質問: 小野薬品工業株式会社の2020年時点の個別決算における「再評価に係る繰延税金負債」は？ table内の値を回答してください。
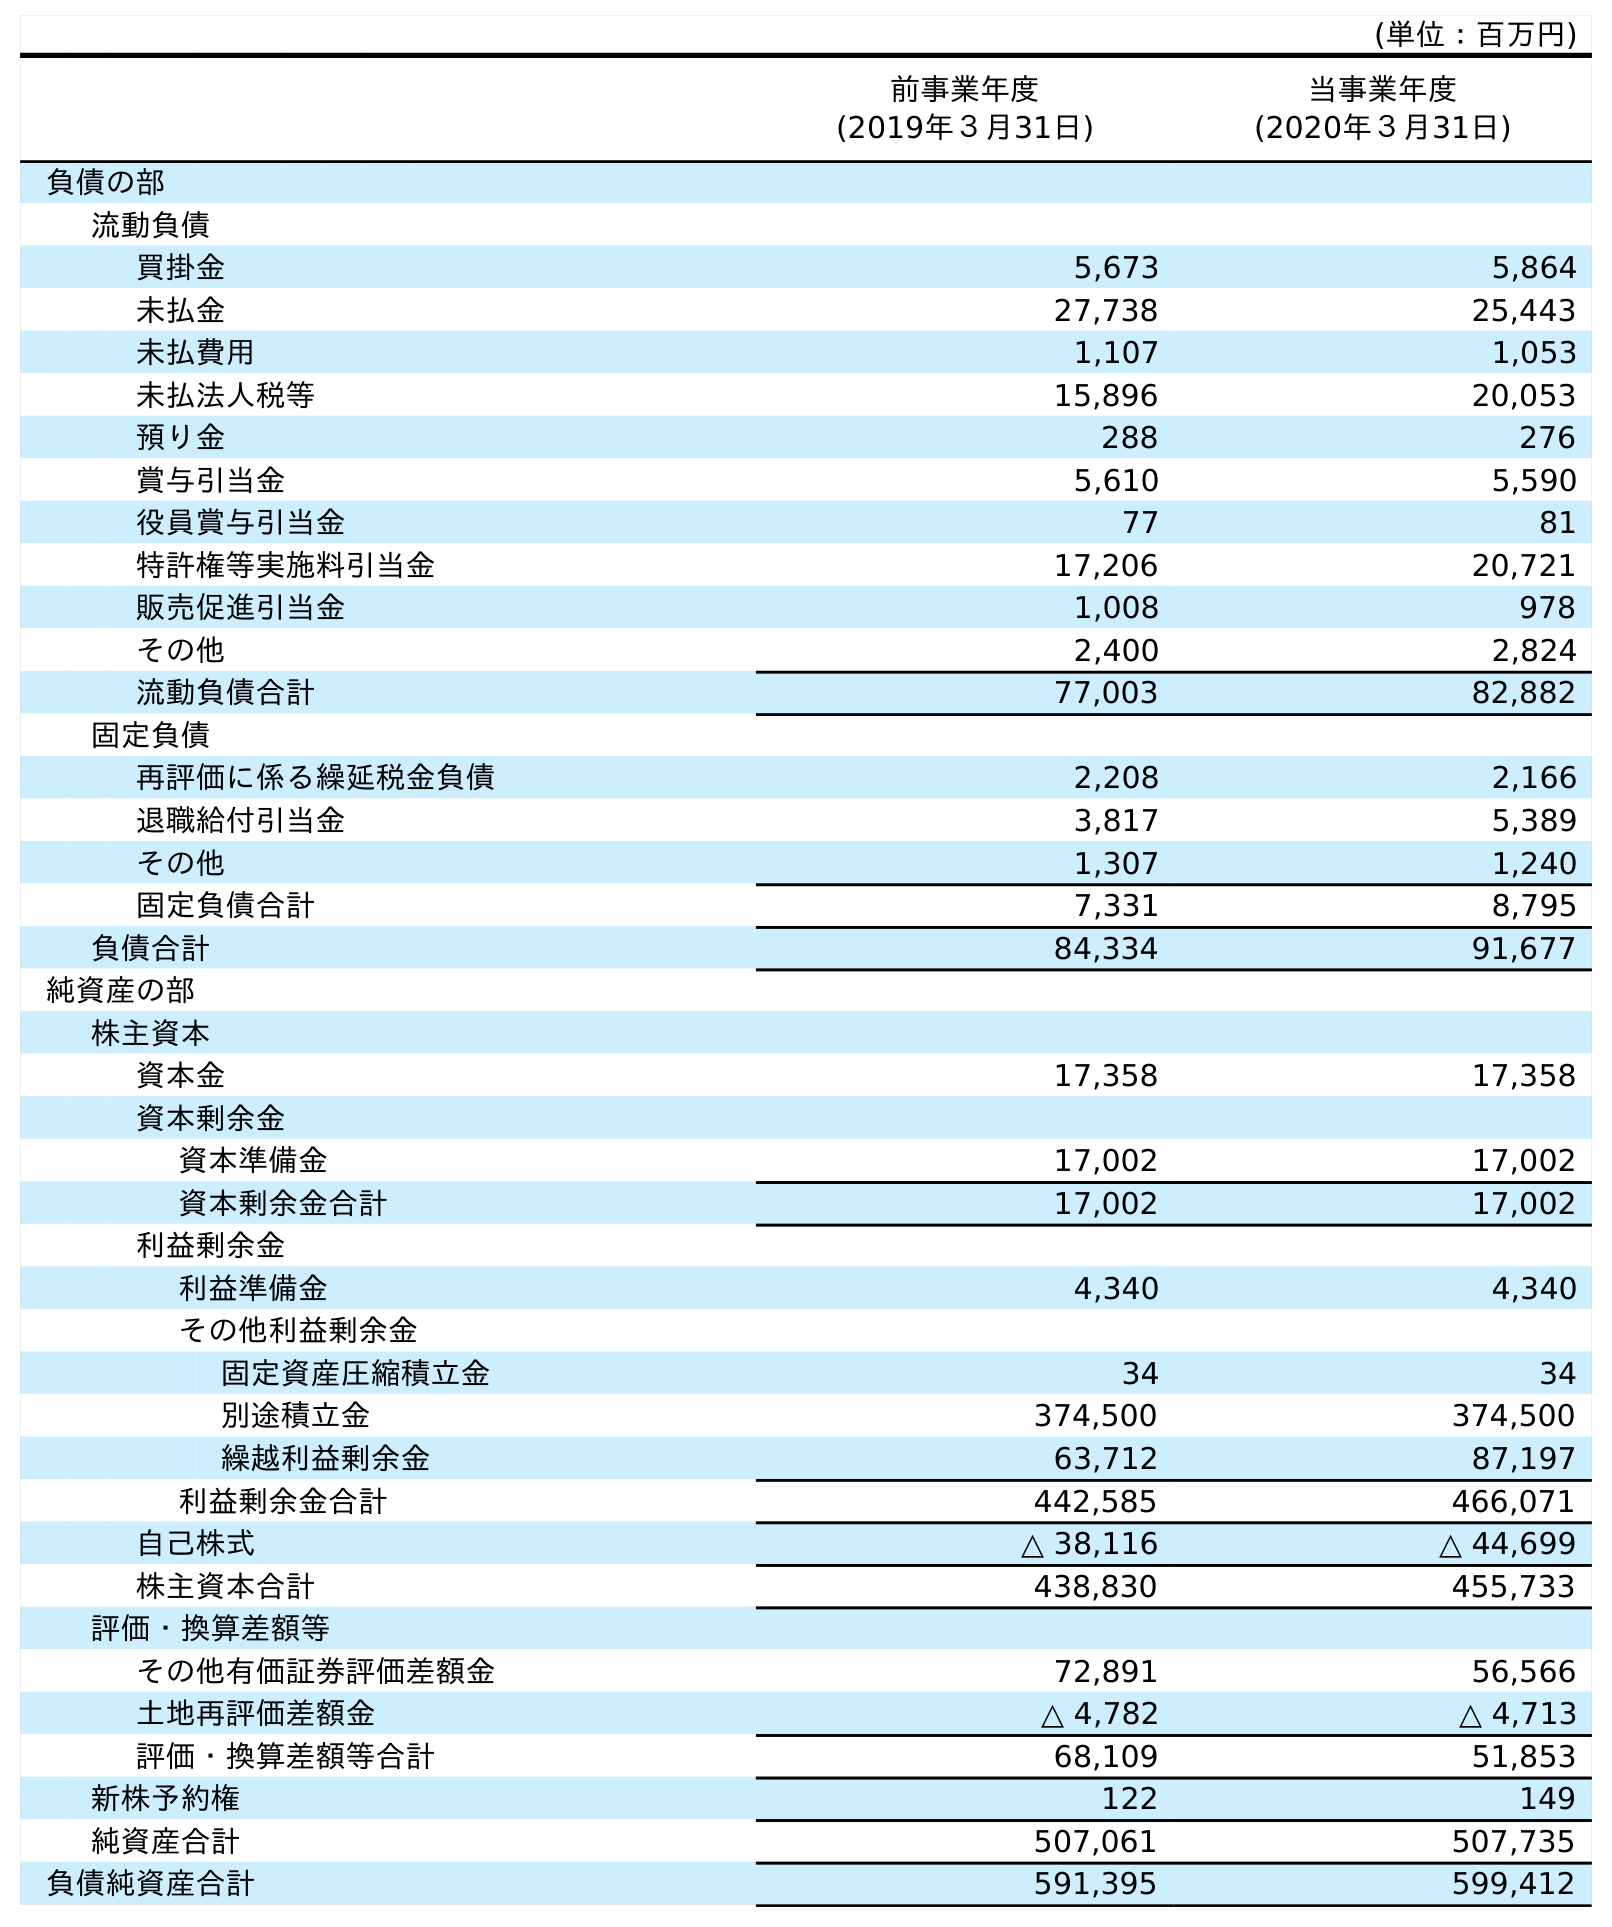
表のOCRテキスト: (単位：百万円) 前事業年度 (2019年３月31日) 当事業年度 (2020年３月31日) 負債の部 流動負債 買掛金 5,673 5,864 未払金 27,738 25,443 未払費用 1,107 1,053 未払法人税等 15,896 20,053 預り金 288 276 賞与引当金 5,610 5,590 役員賞与引当金 77 81 特許権等実施料引当金 17,206 20,721 販売促進引当金 1,008 978 その他 2,400 2,824 流動負債合計 77,003 82,882 固定負債 再評価に係る繰延税金負債 2,208 2,166 退職給付引当金 3,817 5,389 その他 1,307 1,240 固定負債合計 7,331 8,795 負債合計 84,334 91,677 純資産の部 株主資本 資本金 17,358 17,358 資本剰余金 資本準備金 17,002 17,002 資本剰余金合計 17,002 17,002 利益剰余金 利益準備金 4,340 4,340 その他利益剰余金 固定資産圧縮積立金 34 34 別途積立金 374,500 374,500 繰越利益剰余金 63,712 87,197 利益剰余金合計 442,585 466,071 自己株式 △ 38,116 △ 44,699 株主資本合計 438,830 455,733 評価・換算差額等 その他有価証券評価差額金 72,891 56,566 土地再評価差額金 △ 4,782 △ 4,713 評価・換算差額等合計 68,109 51,853 新株予約権 122 149 純資産合計 507,061 507,735 負債純資産合計 591,395 599,412
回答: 2,166